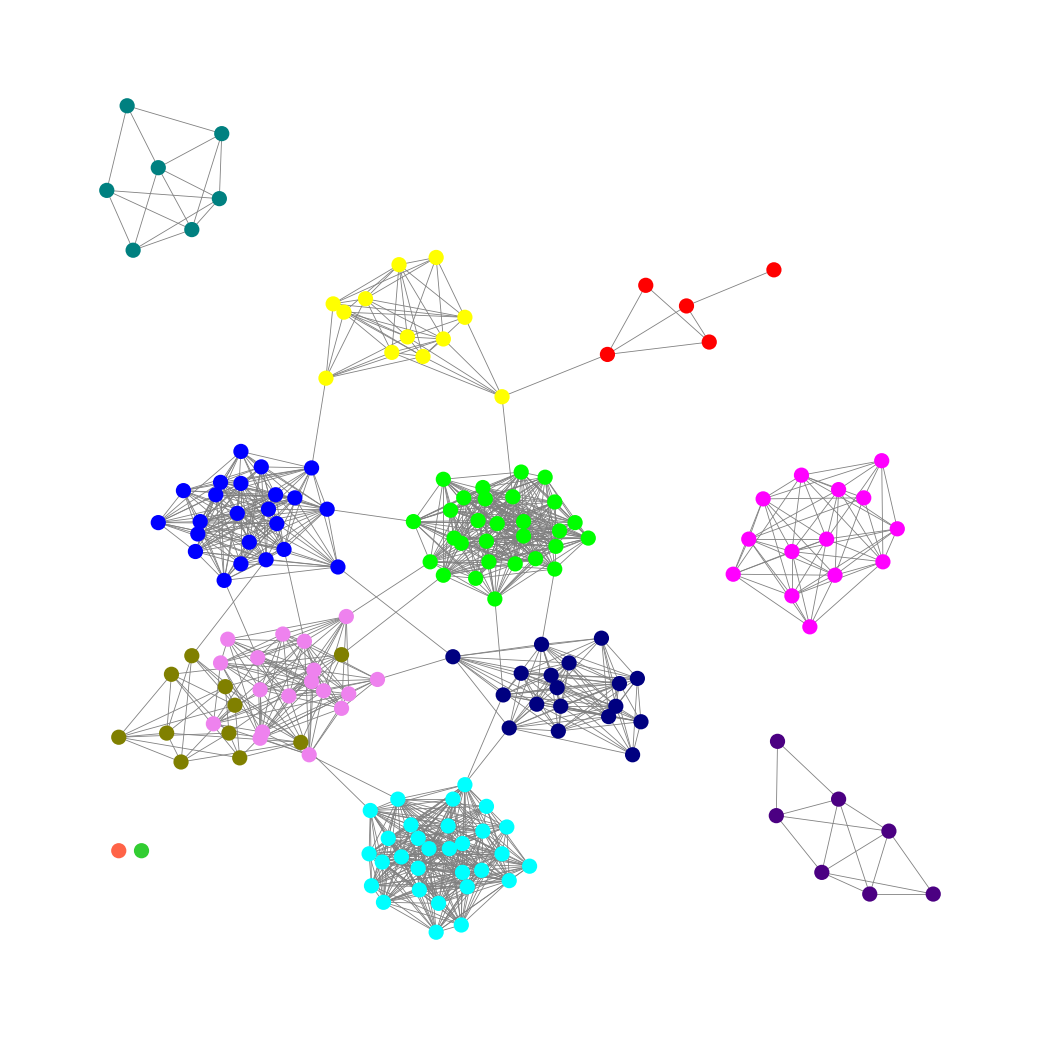
Graph connected: No
Number of connected components: 6
Number of singletons: 2
Total number of nodes: 176
Total number of edges: 1188
Number of communities: 13
Community sizes:
Aqua: 30
Blue: 23
Fuchsia: 14
Indigo: 7
Lime: 29
Lime Green: 1
Navy: 18
Olive: 11
Red: 5
Teal: 7
Tomato: 1
Violet: 18
Yellow: 12
Graph layout: tda
Graph generation method: erdos_renyi